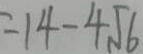
= 1 4 - 4 \sqrt { 6 }